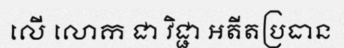
លើ លោក ជា វិជ្ជា អតីតប្រធាន